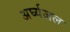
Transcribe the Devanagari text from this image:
अर्घ्यजल